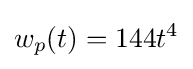
w_{p}(t)=144t^{4}